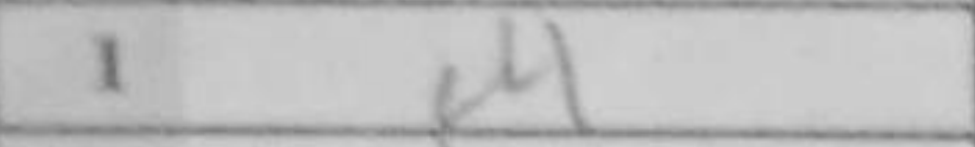
Transcription: e4